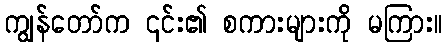
ကျွန်တော်က ၎င်း၏ စကားများကို မကြား။